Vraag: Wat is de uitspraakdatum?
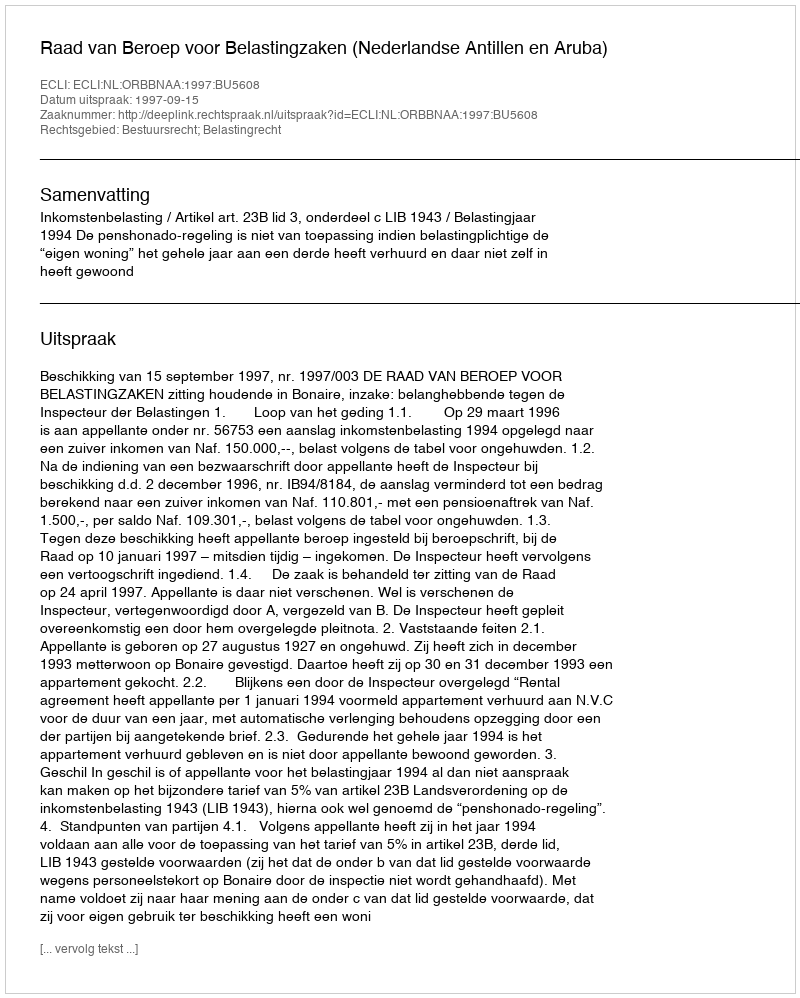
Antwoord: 1997-09-15